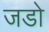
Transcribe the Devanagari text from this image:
जडो